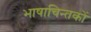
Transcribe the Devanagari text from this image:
भाषाचिन्तकों